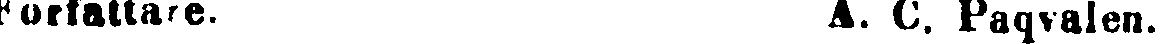
Författare. A. C. Paqvalen.